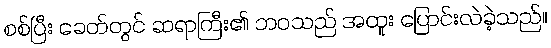
စစ်ပြီး ခေတ်တွင် ဆရာကြီး၏ ဘဝသည် အထူး ပြောင်းလဲခဲ့သည်။